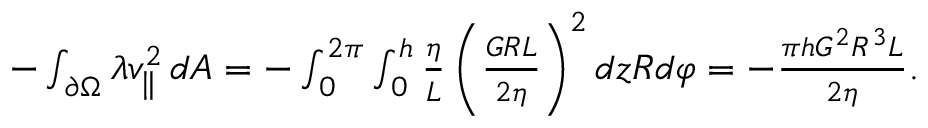
\begin{array} { r } { - \int _ { \partial \Omega } \lambda v _ { \parallel } ^ { 2 } \, d A = - \int _ { 0 } ^ { 2 \pi } \int _ { 0 } ^ { h } \frac { \eta } { L } \left( \frac { G R L } { 2 \eta } \right) ^ { 2 } d z R d \varphi = - \frac { \pi h G ^ { 2 } R ^ { 3 } L } { 2 \eta } . } \end{array}